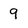
Character: 9